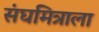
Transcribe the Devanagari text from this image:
संघमित्राला